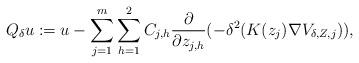
LaTeX: \begin{align*}Q_\delta u:=u-\sum_{j=1}^m\sum_{h=1}^2C_{j,h}\frac{\partial}{\partial z_{j,h}}(-\delta^2(K(z_j)\nabla V_{\delta, Z,j})),\end{align*}